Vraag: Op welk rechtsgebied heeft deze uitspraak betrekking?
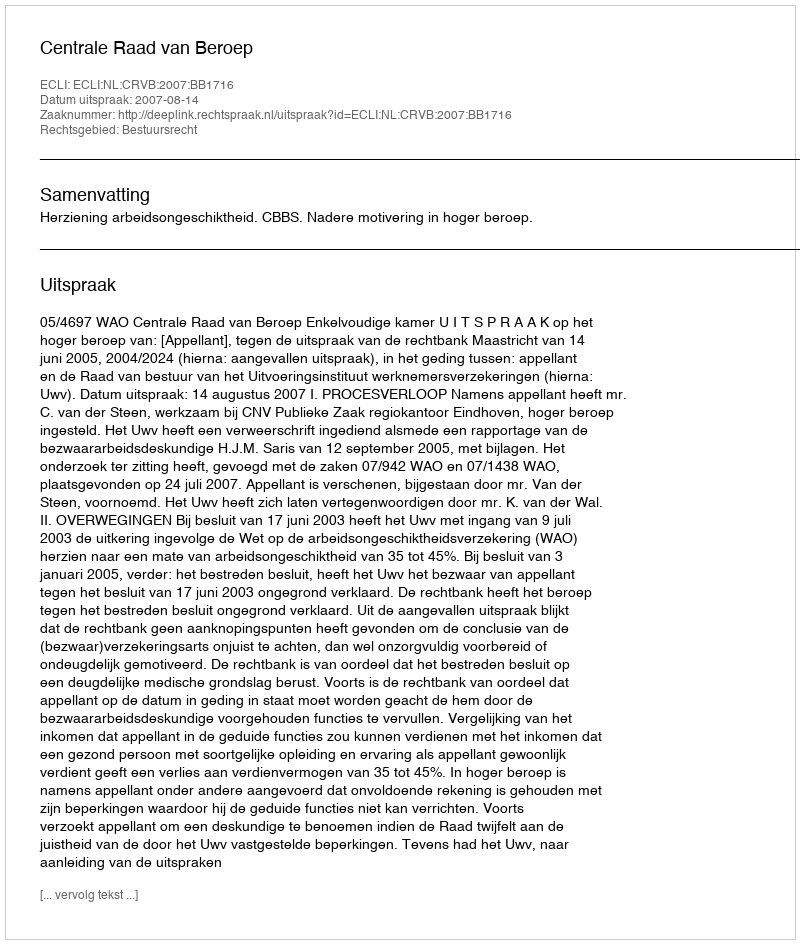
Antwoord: Bestuursrecht